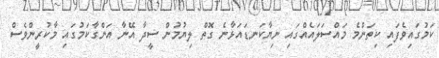
ކަމުގައިވެފައި ކިތަންމެ މައްސަލައެއްގައި ނިޔާކަނޑައަޅާނެ ގޮތް ލިޔުމުން ސީދާ އޭނާ އަންގާކަމުގައި މާކުރީންވެސް